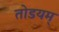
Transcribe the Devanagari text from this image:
तोडयम्